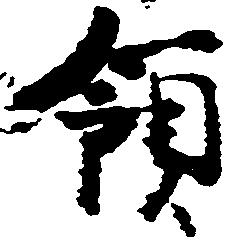
領